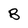
Character: B